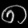
Digit: ၈